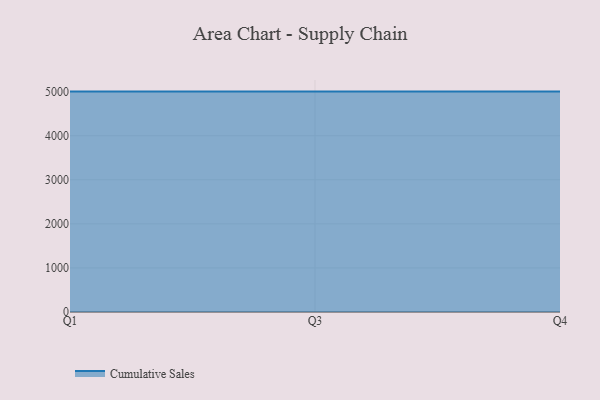
{"axis": {"x": "Quarter", "y": "Conversion Rate (%)"}, "legend": ["Cumulative Sales"], "data": [{"x": "Q1", "y": 5000, "type": "Cumulative Sales"}, {"x": "Q3", "y": 5000, "type": "Cumulative Sales"}, {"x": "Q4", "y": 5000, "type": "Cumulative Sales"}]}